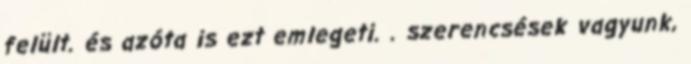
felült. és azóta is ezt emlegeti. . szerencsések vagyunk,